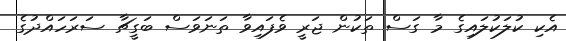
އެކި ކުލަކުލައިގެ މާ ގަސް ތަކުން ޖަރީ ވެފައިވާ ތަނަވަސް ބަގީޗާ ސަރަހައްދުގެ